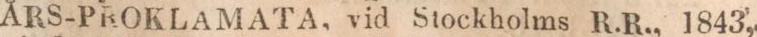
ÅRS-PROKLAMATA, vid Stockholms R.R., 1843,